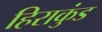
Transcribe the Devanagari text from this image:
हिराकुंड